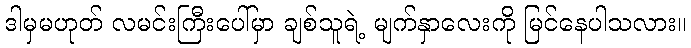
ဒါမှမဟုတ် လမင်းကြီးပေါ်မှာ ချစ်သူရဲ့ မျက်နှာလေးကို မြင်နေပါသလား။